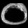
Digit: ၀